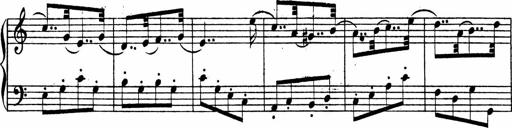
Title: Piano Sonata
Composer: Karl HÃ¤ssler
Key: C major